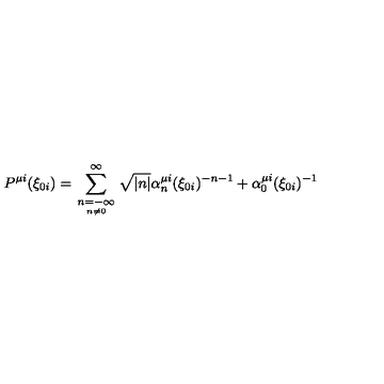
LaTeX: P ^ { \mu i } ( \xi _ { 0 i } ) = \sum _ { \scriptstyle n = - \infty \atop n \neq 0 } ^ { \infty } \sqrt { | n | } \alpha _ { n } ^ { \mu i } ( \xi _ { 0 i } ) ^ { - n - 1 } + \alpha _ { 0 } ^ { \mu i } ( \xi _ { 0 i } ) ^ { - 1 }